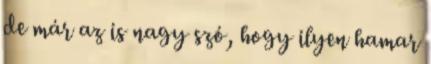
de már az is nagy szó, hogy ilyen hamar